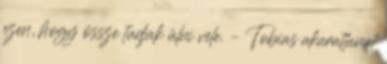
ezen, hogy össze tudjak ülni vele. – Tobias akaratlanul